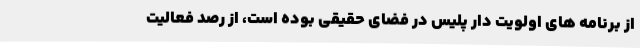
از برنامه های اولویت دار پلیس در فضای حقیقی بوده است، از رصد فعالیت